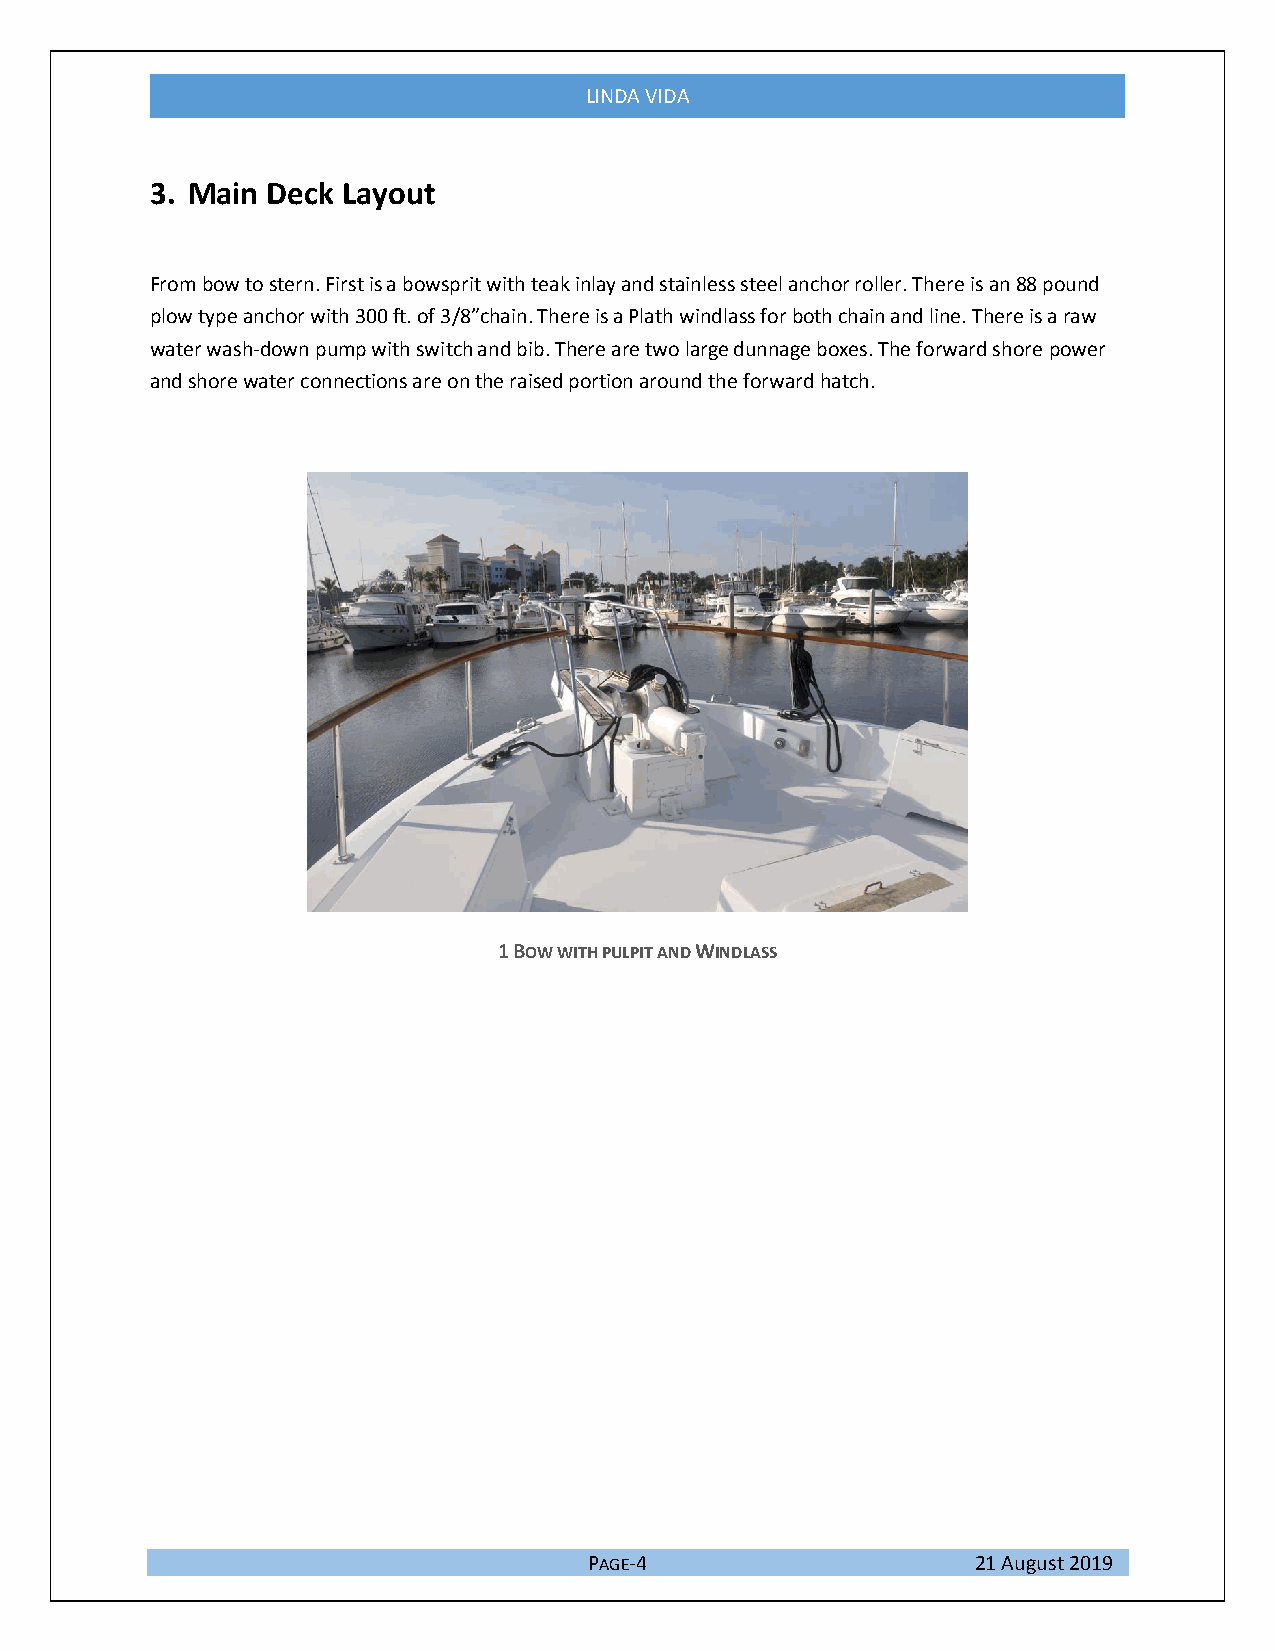
LINDA VIDA
 3. Main Deck Layout
 From bow to stern. First is a bowsprit with teak inlay and stainless steel anchor roller. There is an 88 pound
 plow type anchor with 300 ft. of 3/8”chain. There is a Plath windlass for both chain and line. There is a raw
 water wash-down pump with switch and bib. There are two large dunnage boxes. The forward shore power
 and shore water connections are on the raised portion around the forward hatch.
 1 BOW WITH PULPIT AND WINDLASS
 PAGE-4                    21 August 2019